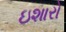
ઇશારો